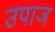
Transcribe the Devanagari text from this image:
उपाज